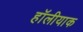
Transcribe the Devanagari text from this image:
हॉलीयाक